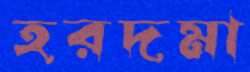
হরদমা